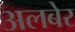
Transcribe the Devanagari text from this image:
अलबेर